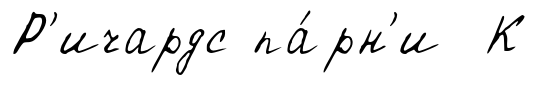
Р'ичардс па́рн'и К